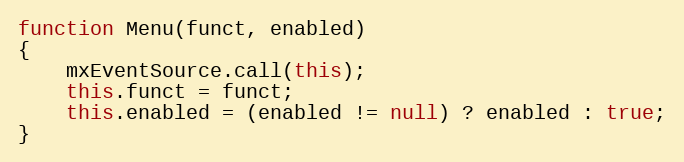
Language: JavaScript
function Menu(funct, enabled)
{
	mxEventSource.call(this);
	this.funct = funct;
	this.enabled = (enabled != null) ? enabled : true;
}